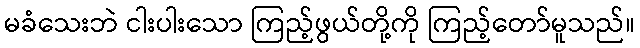
မခံသေးဘဲ ငါးပါးသော ကြည့်ဖွယ်တို့ကို ကြည့်တော်မူသည်။